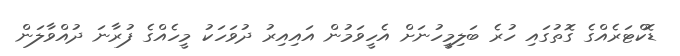
ޑޮކްޓަރެއްގެ ގޮތުގައި ހުރެ ބަލިމީހުނަށް އެހީވަމުން އައިއިރު ދުވަހަކު މީހެއްގެ ފުރާނަ ދުއްވާލަން